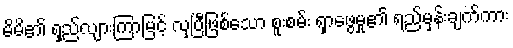
မိမိ၏ ရှည်လျားကြာမြင့် လှပြီဖြစ်သော စူးစမ်း ရှာဖွေမှု၏ ရည်မှန်းချက်ကား